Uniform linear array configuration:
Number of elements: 24
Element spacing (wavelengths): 0.25
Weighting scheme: uniform
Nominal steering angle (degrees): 30
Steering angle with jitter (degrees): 29.668
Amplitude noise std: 0.05
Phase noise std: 0.05

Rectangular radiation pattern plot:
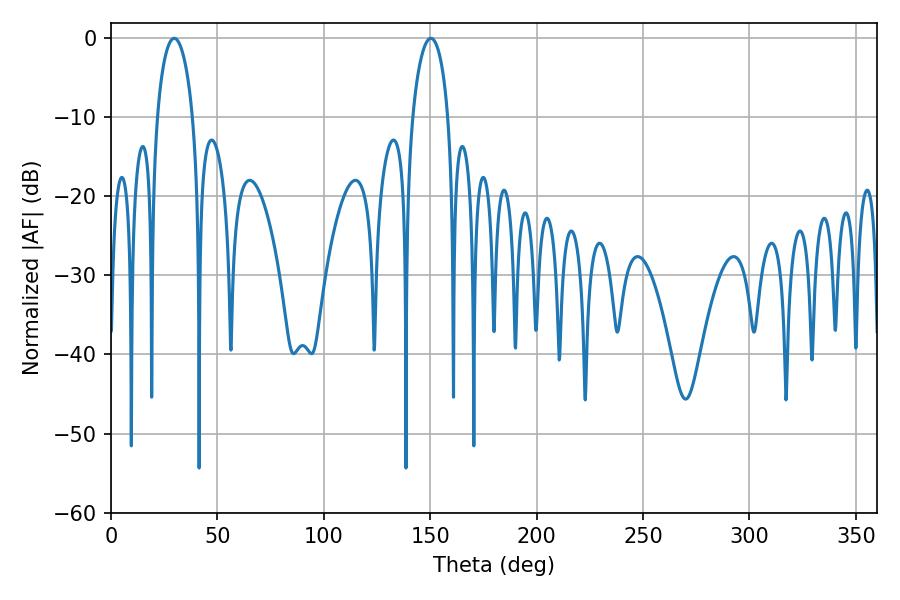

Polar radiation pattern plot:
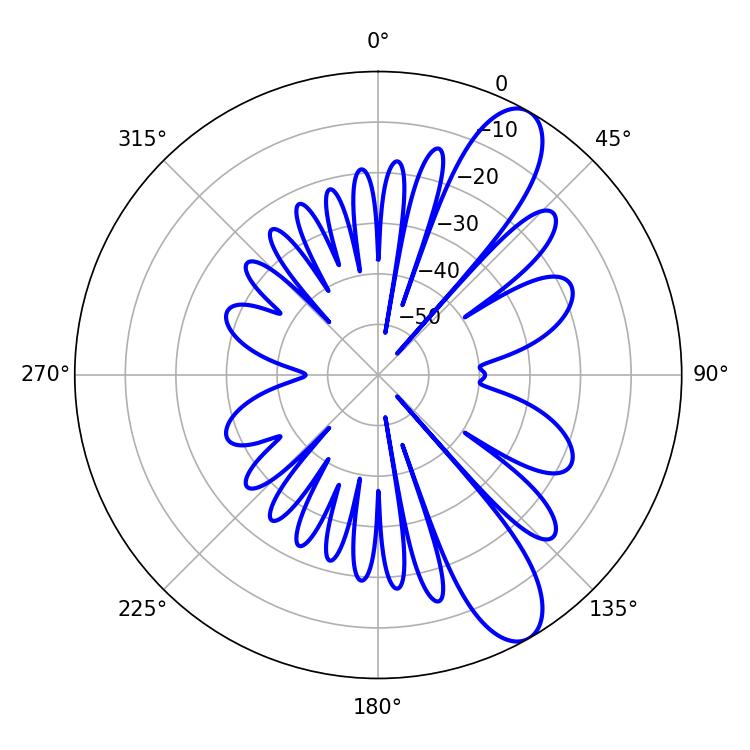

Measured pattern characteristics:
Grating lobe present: FALSE
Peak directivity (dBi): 10.255
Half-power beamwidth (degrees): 9.54
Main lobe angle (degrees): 29.7